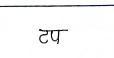
मजकूर: तप